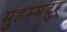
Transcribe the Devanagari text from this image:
मुहम्मदुर्